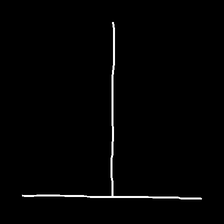
Glyph: column